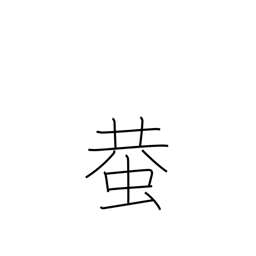
Meaning: cricket